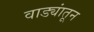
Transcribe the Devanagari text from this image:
वाड्यांतून